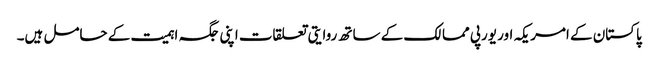
پاکستان کے امریکہ اور یورپی ممالک کے ساتھ روایتی تعلقات اپنی جگہ اہمیت کے حامل ہیں۔